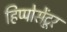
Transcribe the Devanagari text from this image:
हिप्पोसेंटूर